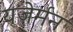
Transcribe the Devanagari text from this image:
यजेर्मन